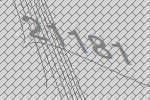
21181